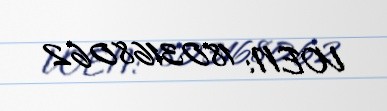
VOEN: 1803168062